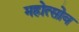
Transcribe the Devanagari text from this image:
महोत्सोव